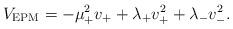
LaTeX: \begin{align*}V_{\rm EPM} = - \mu_+^2 v_+ + \lambda_+ v_+^2 + \lambda_- v_-^2.\end{align*}